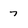
Character: 7